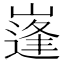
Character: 𱜉